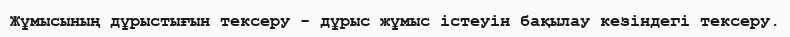
Жұмысының дұрыстығын тексеру - дұрыс жұмыс істеуін бақылау кезіндегі тексеру.